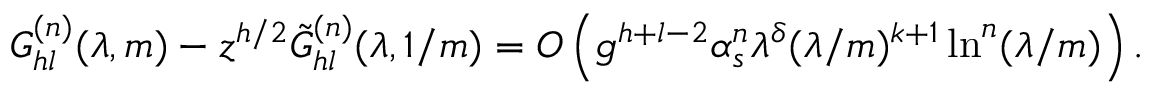
G _ { h l } ^ { ( n ) } ( \lambda , m ) - z ^ { h / 2 } \tilde { G } _ { h l } ^ { ( n ) } ( \lambda , 1 / m ) = O \left( g ^ { h + l - 2 } \alpha _ { s } ^ { n } \lambda ^ { \delta } ( \lambda / m ) ^ { k + 1 } \ln ^ { n } ( \lambda / m ) \right) .